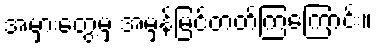
အမှားတွေ့မှ အမှန်မြင်တတ်ကြကြောင်း။